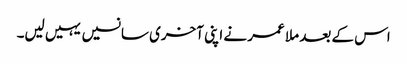
اس کے بعد ملا عمر نے اپنی آخری سانسیں یہیں لیں۔